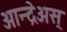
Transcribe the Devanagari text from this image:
आन्द्रेअस्